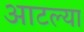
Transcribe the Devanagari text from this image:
आटल्या